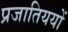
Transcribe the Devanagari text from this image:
प्रजातिययों